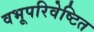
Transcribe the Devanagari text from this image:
वभूपरिवेष्टित